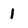
Character: 1